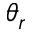
\theta _ { r }